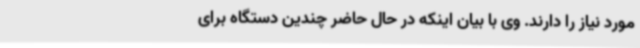
مورد نیاز را دارند. وی با بیان اینکه در حال حاضر چندین دستگاه برای